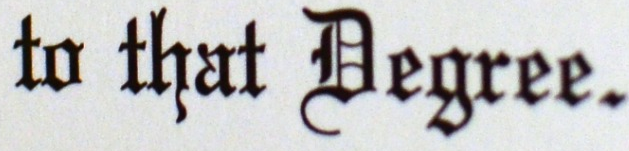
to that Degree.